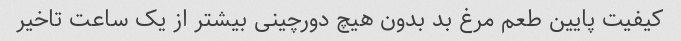
کیفیت پایین طعم مرغ بد بدون هیچ دورچینی بیشتر از یک ساعت تاخیر